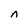
Character: n